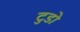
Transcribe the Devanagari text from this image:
टुडो